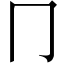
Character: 冂